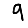
Digit: 9